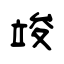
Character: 竣